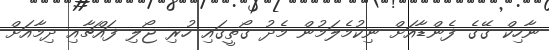
ނާހިކް ގޭގެ ފެންޑާއަށް ނިކުމެލަމުން މެދު ގޯތީގައި ހުރި ޖޯލި ފައްޗާއި ދިމާއަށް